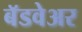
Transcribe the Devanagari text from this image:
बॅडवेअर